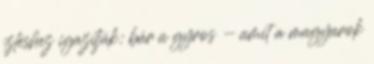
ízléshez igazítják: bár a gyros - amit a magyarok